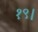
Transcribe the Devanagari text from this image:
१९।